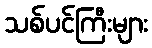
သစ်ပင်ကြီးများ